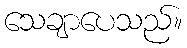
သေချာပေသည်။